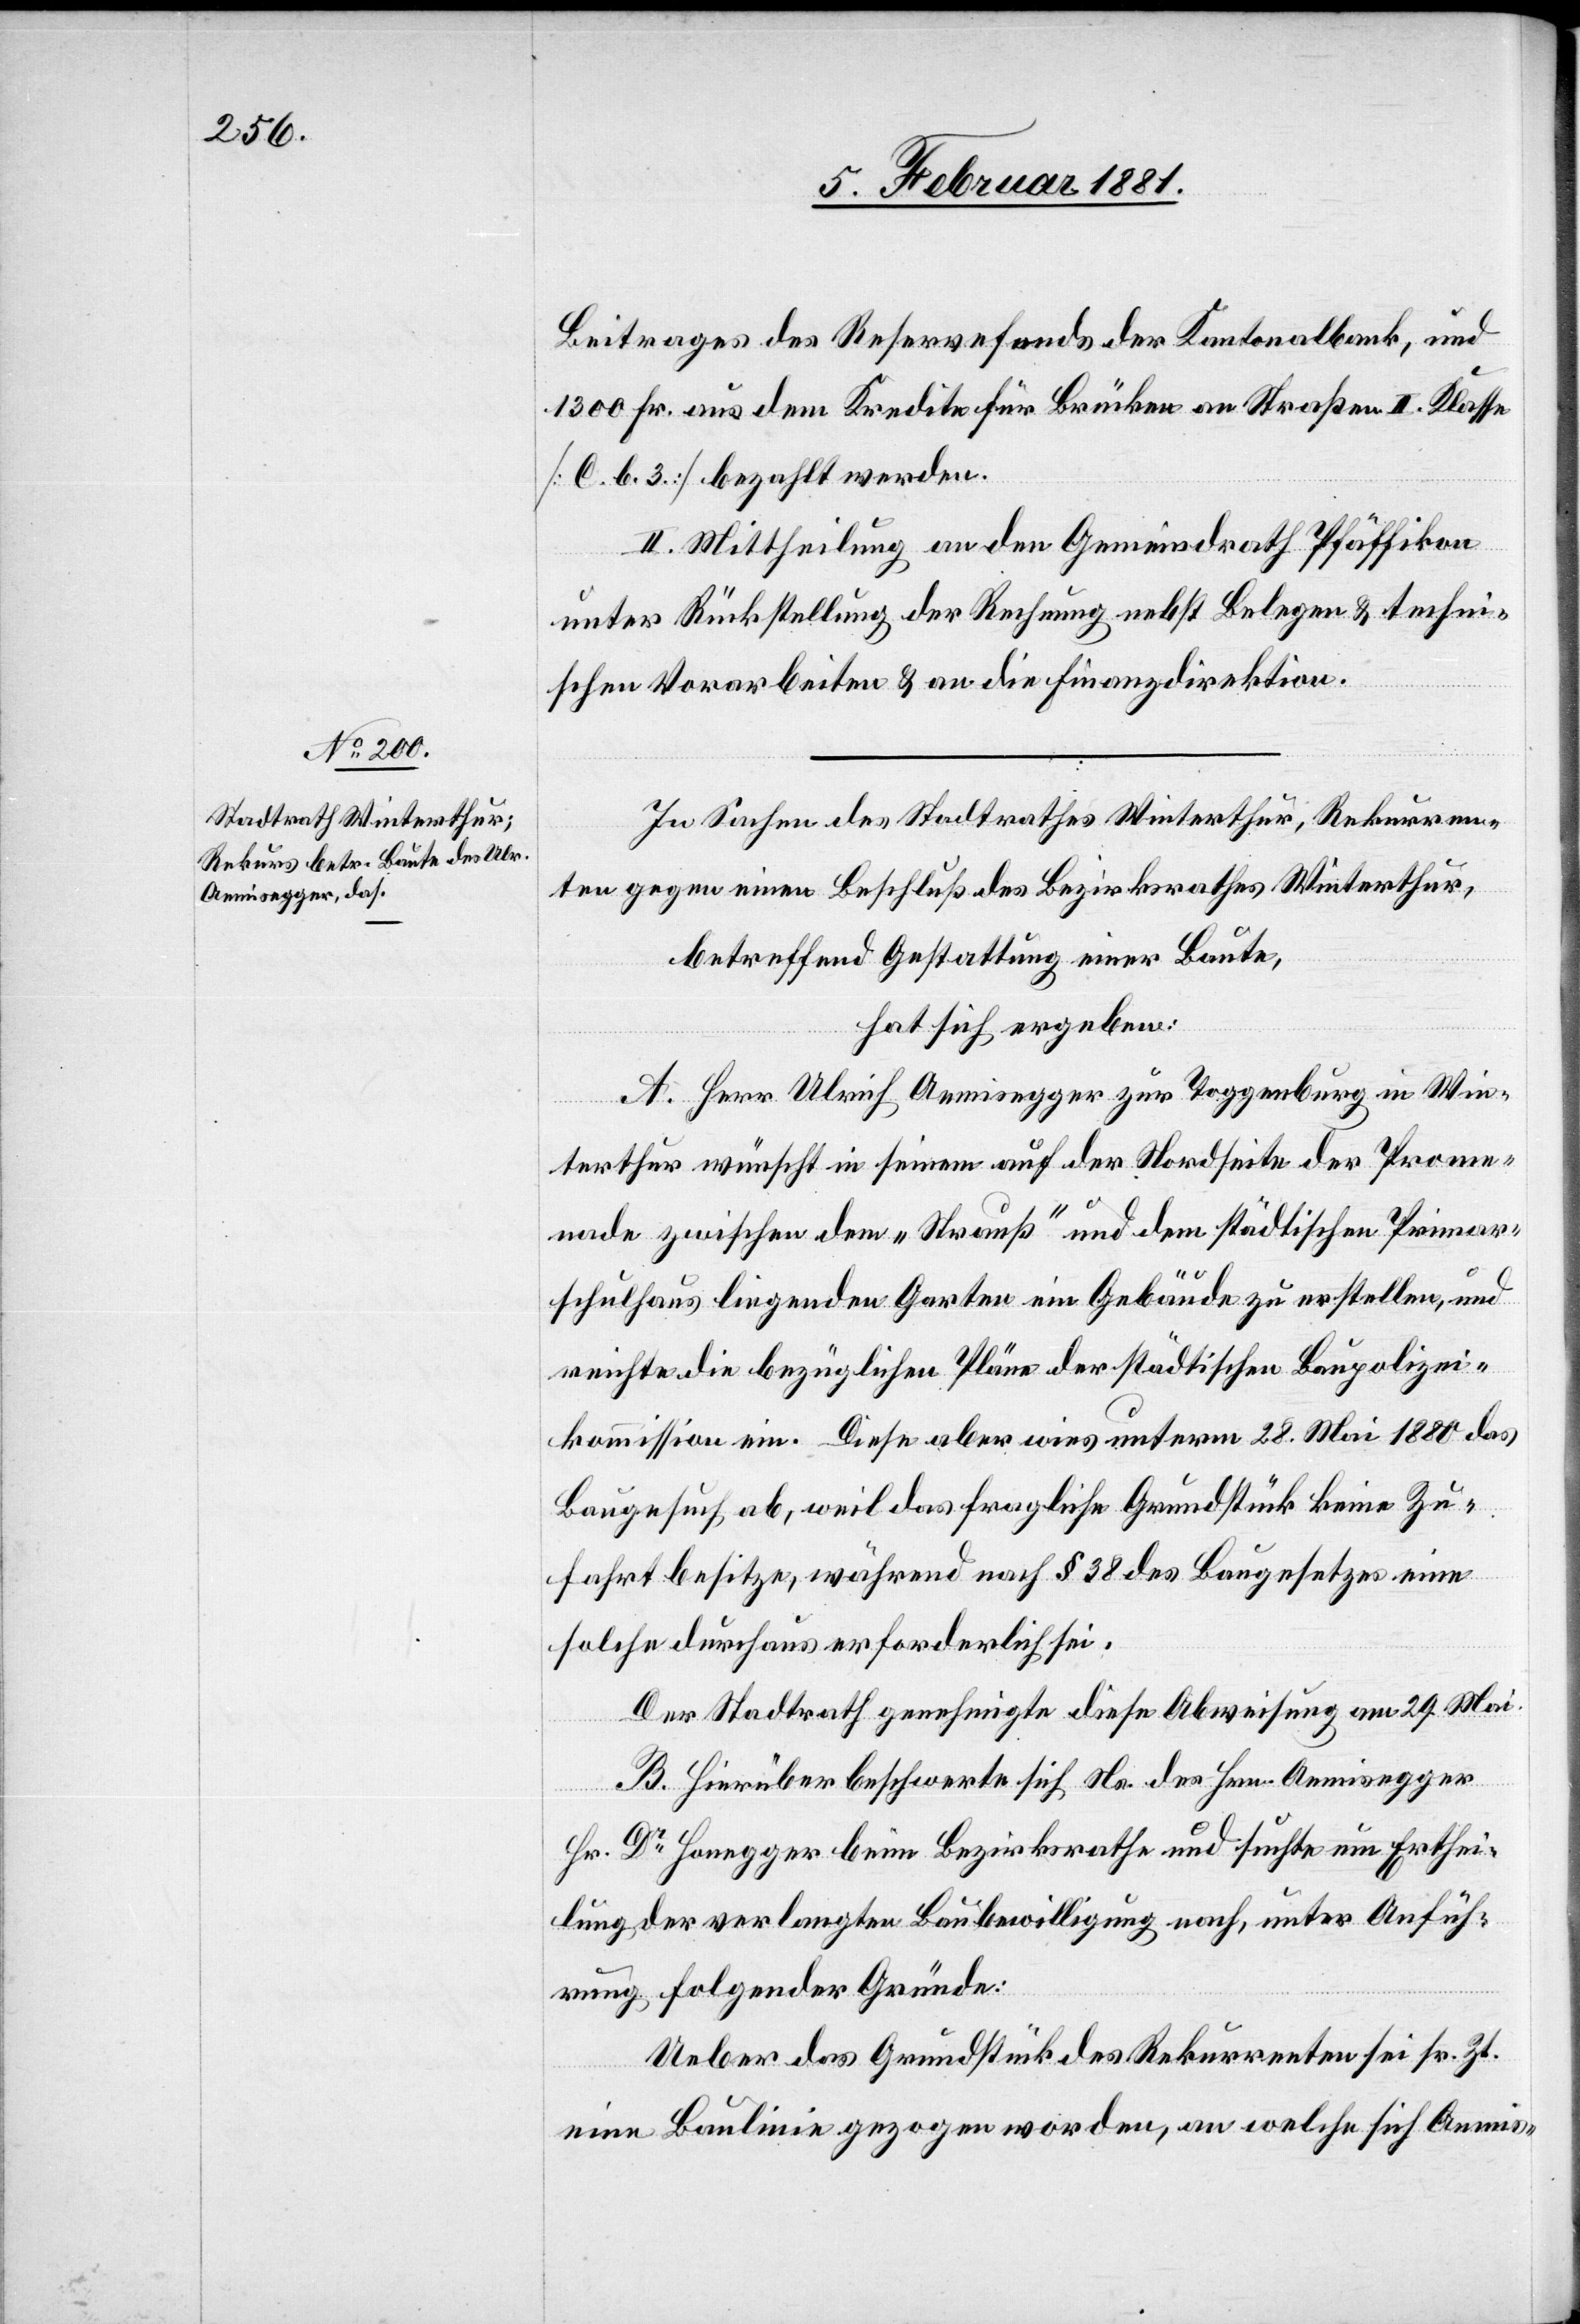
Beitrages des Reservefonds der Kantonalbank, und
1300 Fr. aus dem Kredite für Brücken an Straßen II. Klasse
[C. b. 3] bezahlt werden.
II. Mittheilung an den Gemeindrath Pfäffikon
unter Rückstellung der Rechnung nebst Belegen & techni¬
schen Vorarbeiten & an die Finanzdirektion.
In Sachen des Stadtrathe Winterthur, Rekurren¬
ten gegen einen Beschluß des Bezirksrathes Winterthur,
betreffend Gestattung einer Baute,
hat sich ergeben:
A. Herr Ulrich Aemisegger zur Toggenburg in Win¬
terthur wünscht in seinem auf der Nordseite der Prome¬
nade zwischen dem „Strauß“ und dem städtischen Primar¬
schulhaus liegenden Garten ein Gebäude zu erstellen, und
reichte die bezüglichen Pläne der städtischen Baupolizei¬
kommission ein. Diese aber wies unterm 28. Mai 1880 das
Baugesuch ab, weil das fragliche Grundstück keine Zu¬
fahrt besitze, während nach §1 38 des Baugesetzes eine
solche durchaus erforderlich sei.
Der Stadtrath genehmigte diese Abweisung am 29. Mai.
B. Hierüber beschwerte sich Na. des Hrn. Aemisegger
Hr. Dr Honegger beim Bezirksrathe und sucht um Erthei¬
lung der verlangten Baubewilligung nach, unter Anfüh¬
rung folgender Gründe:
Ueber das Grundstück des Rekurrenten sei sr. Zt.
eine Baulinie gezogen worden, an welche sich Aemis-